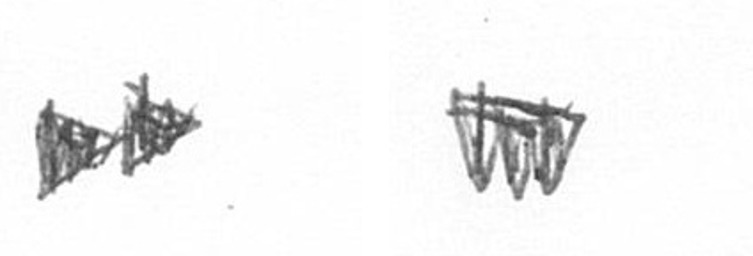
A L